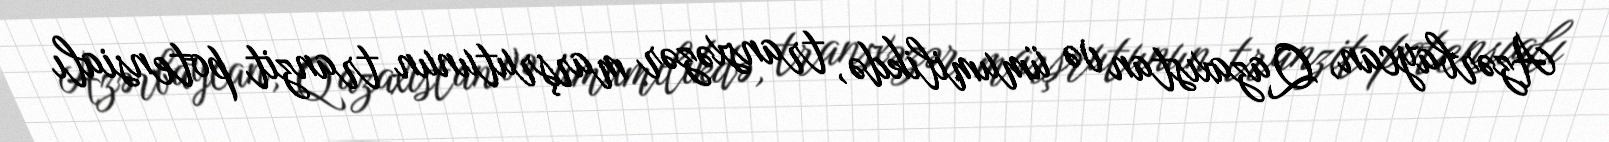
Azərbaycan, Qazaxıstan və ümumilikdə, transxəzər marşrutunun tranzit potensialı